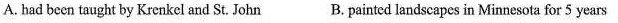
A. had been taught by Krenkel and St. John B. painted landscapes in Minnesota for 5 years